Document type: Sale
Year: 1235
Scribe: Pere de Bages
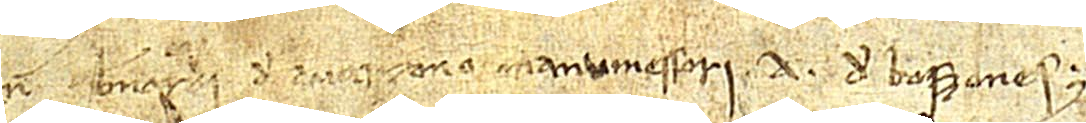
num Bernardi de Avarzono, manumessori A. de Boszones.